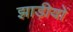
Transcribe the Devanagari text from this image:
झाड़ीयों